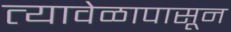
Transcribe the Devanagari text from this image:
त्यावेळापासून